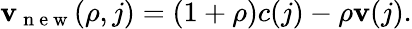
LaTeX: \mathbf{v}_{\mathrm{{~n~e~w~}}}(\rho,j)=(1+\rho)c(j)-\rho\mathbf{v}(j).